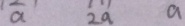
a 2 a a